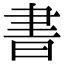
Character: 書